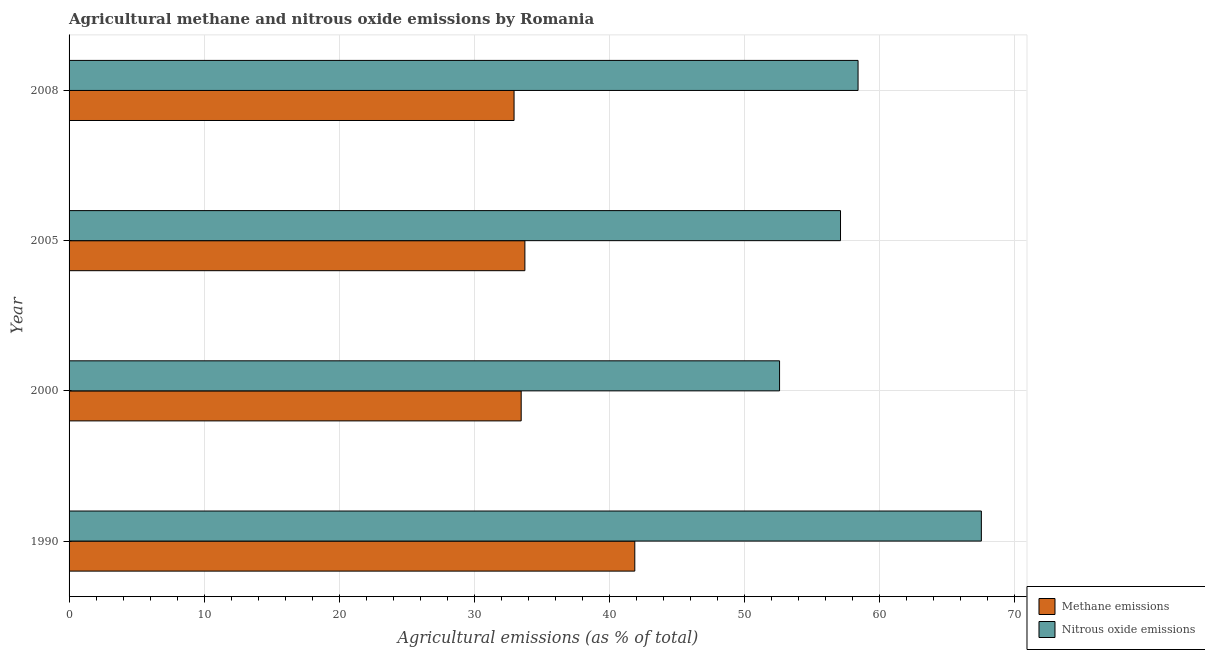
| Year | Methane emissions | Nitrous oxide emissions |
 | --- | --- | --- |
 | 1990 | 41.9 | 67.5 |
 | 2000 | 33.5 | 52.6 |
 | 2005 | 33.7 | 57.1 |
 | 2008 | 32.9 | 58.4 |